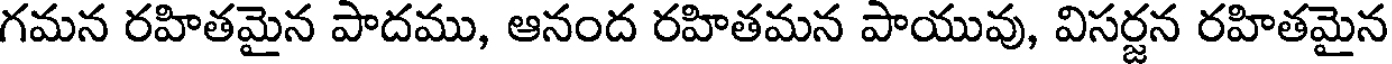
గమన రహితమైన పాదము, ఆనంద రహితమన పాయువు, విసర్జన రహితమైన